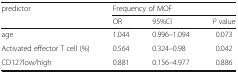
<table><thead><tr><td rowspan="2"><b>predictor</b></td><td colspan="3"><b>Frequency of MOF</b></td></tr><tr><td><b>OR</b></td><td><b>95%CI</b></td><td><b><i>P</i> value</b></td></tr></thead><tbody><tr><td>age</td><td>1.044</td><td>0.996–1.094</td><td>0.073</td></tr><tr><td>Activated effector T cell (%)</td><td>0.564</td><td>0.324–0.98</td><td>0.042</td></tr><tr><td>CD127low/high</td><td>0.881</td><td>0.156–4.977</td><td>0.886</td></tr></tbody></table>